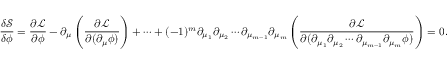
{ \frac { \delta { \mathcal { S } } } { \delta \phi } } = { \frac { \partial { \mathcal { L } } } { \partial \phi } } - \partial _ { \mu } \left( { \frac { \partial { \mathcal { L } } } { \partial ( \partial _ { \mu } \phi ) } } \right) + \cdots + ( - 1 ) ^ { m } \partial _ { \mu _ { 1 } } \partial _ { \mu _ { 2 } } \cdots \partial _ { \mu _ { m - 1 } } \partial _ { \mu _ { m } } \left( { \frac { \partial { \mathcal { L } } } { \partial ( \partial _ { \mu _ { 1 } } \partial _ { \mu _ { 2 } } \cdots \partial _ { \mu _ { m - 1 } } \partial _ { \mu _ { m } } \phi ) } } \right) = 0 .